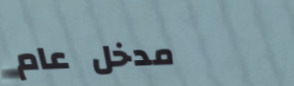
مدخل عام